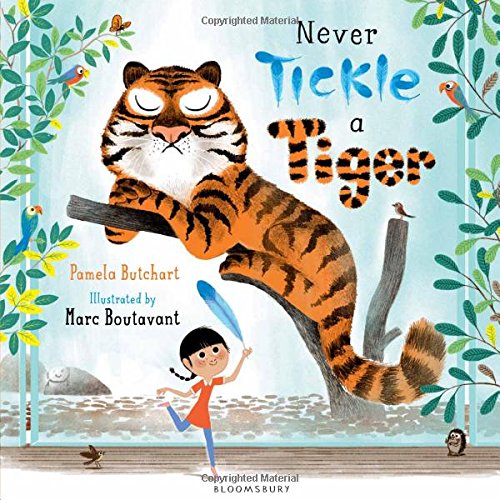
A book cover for Never Tickle a Tiger; Pamela Butchart; Children's Books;